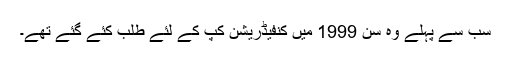
سب سے پہلے وہ سن 1999 میں کنفیڈریشن کپ کے لئے طلب کئے گئے تھے۔